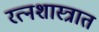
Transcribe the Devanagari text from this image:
रत्नशास्त्रात